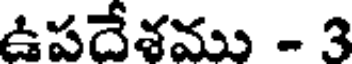
ఉపదేశము - 3